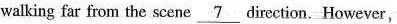
walking far from the scene \underline_{7} direction. However,